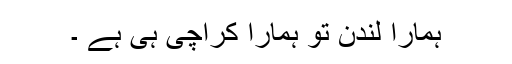
ہمارا لندن تو ہمارا کراچی ہی ہے ۔